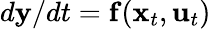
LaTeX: d\mathbf y/dt=\mathbf f(\mathbf x_{t},\mathbf u_{t})